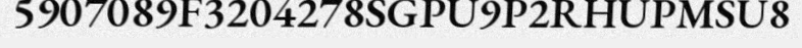
5907089F3204278SGPU9P2RHUPMSU8